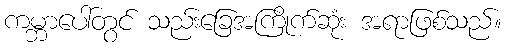
ကမ္ဘာပေါ်တွင် သည်းခြေအကြိုက်ဆုံး အရာဖြစ်သည်။